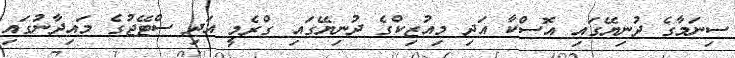
ސިނަމާގެ ދުނިޔޭގައި އޮސްކާ އަދި މިއުޒިކްގެ ދުނިޔޭގައި ގްރެމީ އަދި ސްޓޭޖުގެ މައިދާނުގައި